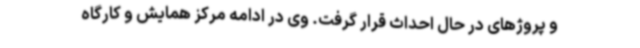
و پروژهای در حال احداث قرار گرفت. وی در ادامه مرکز همایش و کارگاه